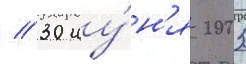
// 30 иу́н'я 2003